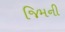
જિમની